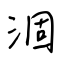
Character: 涸